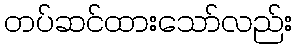
တပ်ဆင်ထားသော်လည်း